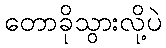
တောခိုသွားလို့ပဲ